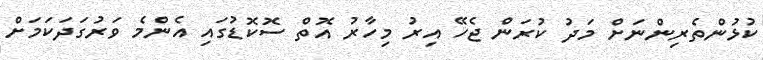
ކުޅުންތެރިންނަށް މަދު ކުރަން ޖެހޭ އިރު މިހާރު އޮތް ސޮކޮޑުގައި އެންމެ ވަރުގަދަކަމަށް